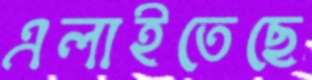
এলাইতেছে